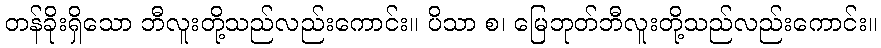
တန်ခိုးရှိသော ဘီလူးတို့သည်လည်းကောင်း။ ပိသာ စ၊ မြေဘုတ်ဘီလူးတို့သည်လည်းကောင်း။